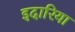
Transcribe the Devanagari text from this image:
इदारिया